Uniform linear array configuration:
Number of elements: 8
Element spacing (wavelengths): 0.75
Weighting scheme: kaiser
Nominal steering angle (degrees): -45
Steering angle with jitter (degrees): -46.128
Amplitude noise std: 0.05
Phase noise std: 0.05

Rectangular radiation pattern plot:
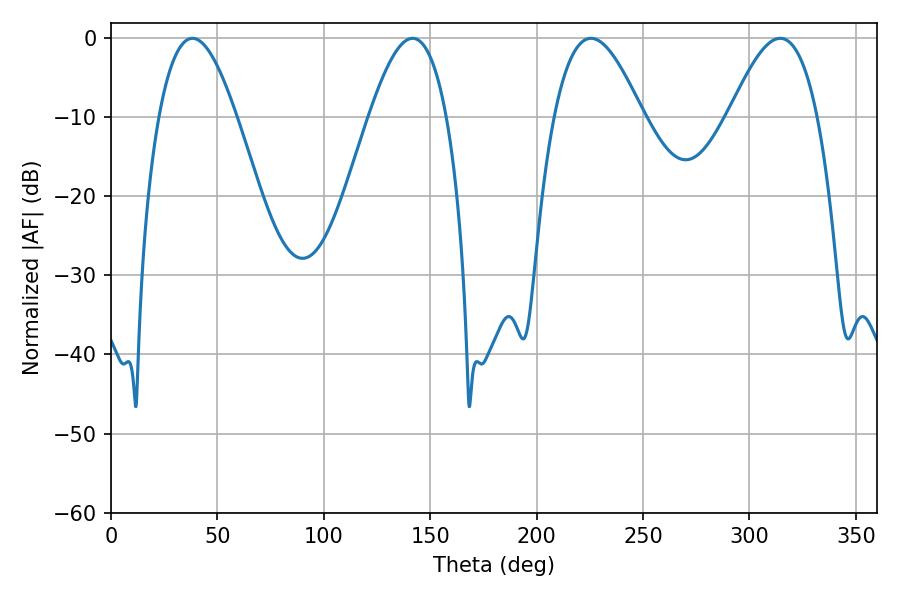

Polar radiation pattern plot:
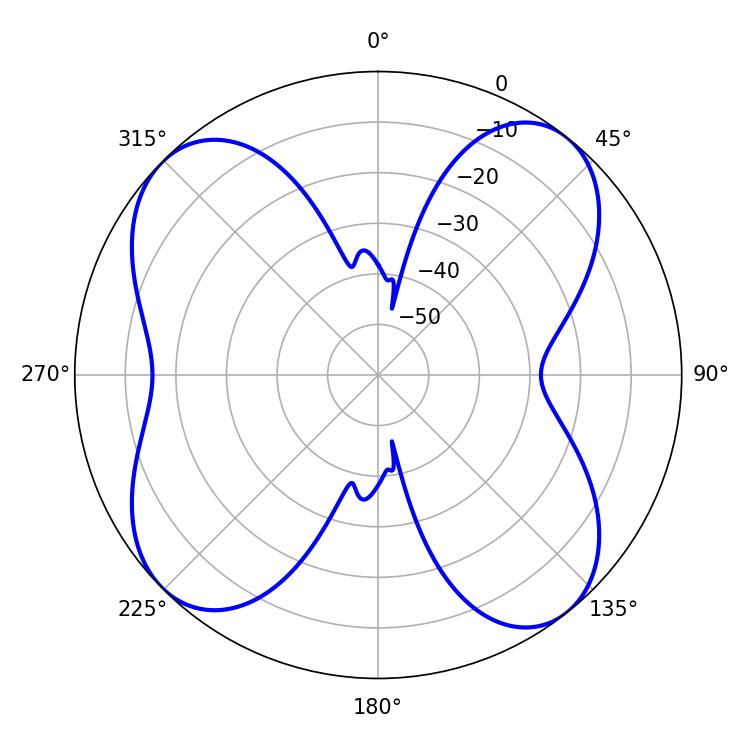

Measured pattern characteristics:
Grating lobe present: TRUE
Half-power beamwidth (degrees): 22.5
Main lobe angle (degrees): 314.46